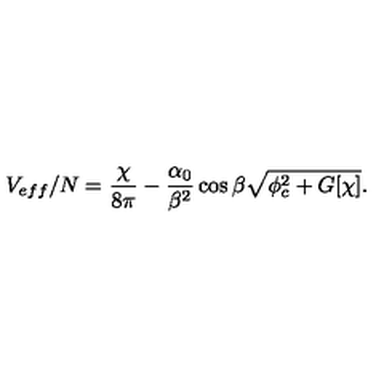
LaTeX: V _ { e f f } / N = \frac { \chi } { 8 \pi } - \frac { \alpha _ { 0 } } { \beta ^ { 2 } } \cos \beta \sqrt { \phi _ { c } ^ { 2 } + G [ \chi ] } .